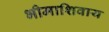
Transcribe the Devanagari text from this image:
भीमाशिवाय